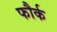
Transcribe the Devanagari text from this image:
फौर्क